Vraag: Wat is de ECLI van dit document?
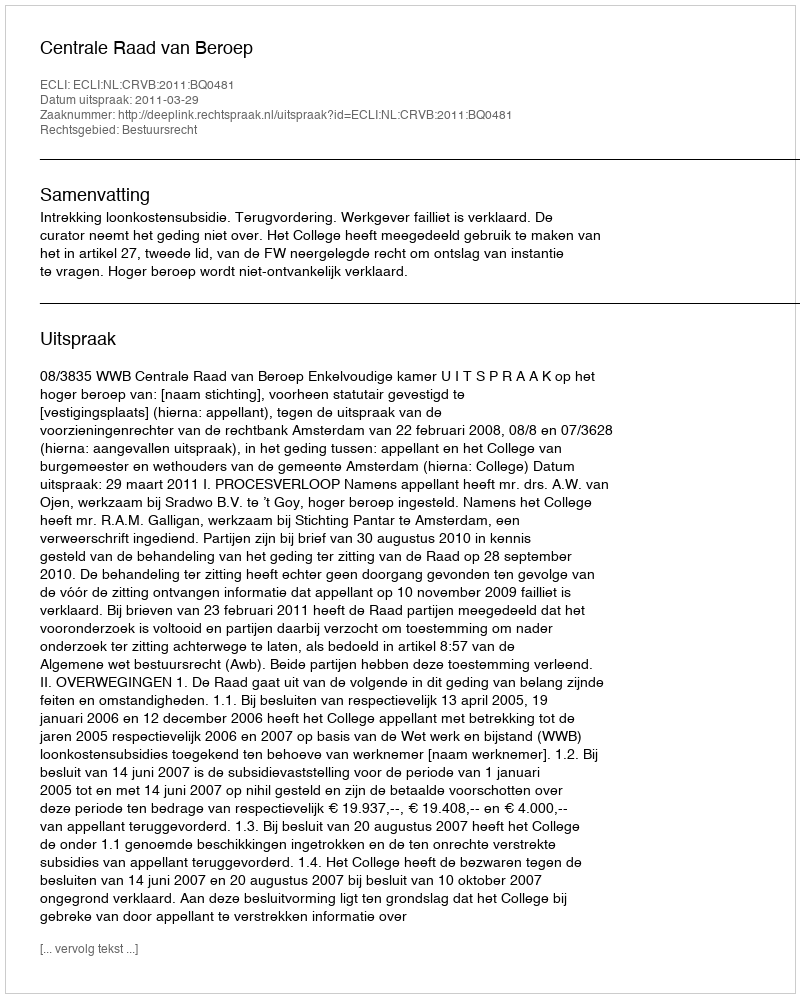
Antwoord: ECLI:NL:CRVB:2011:BQ0481